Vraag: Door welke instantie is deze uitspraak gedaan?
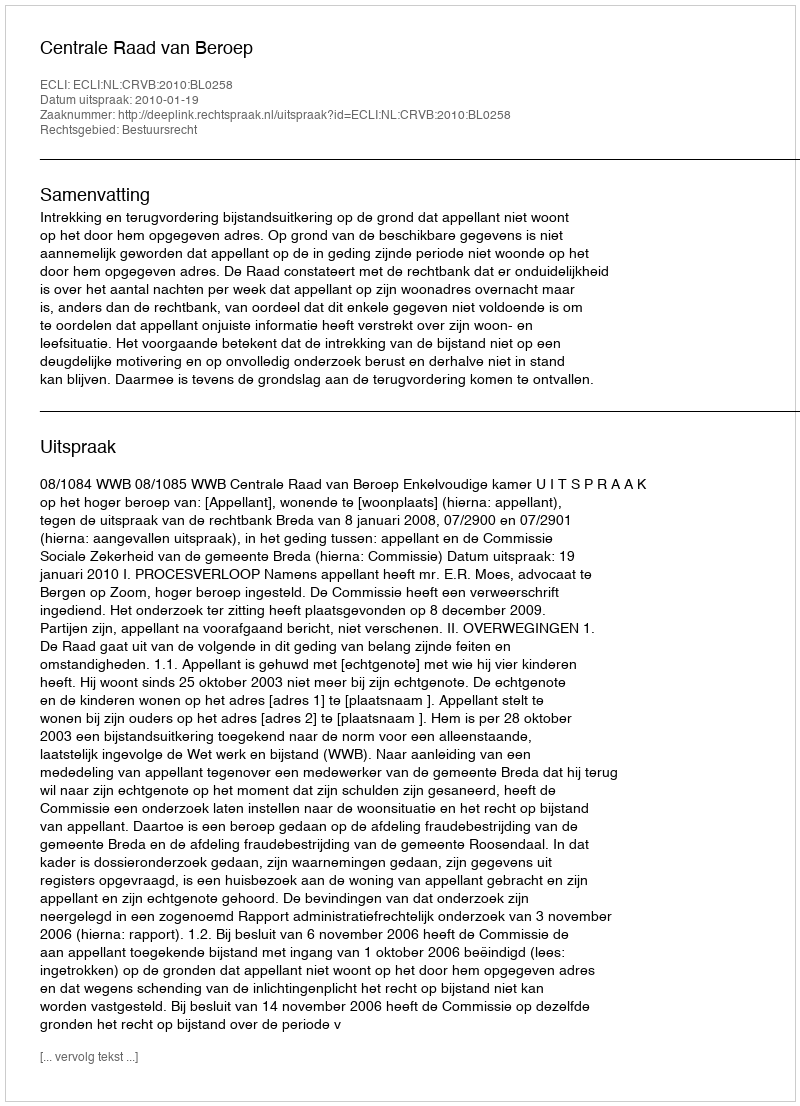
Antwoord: Centrale Raad van Beroep